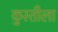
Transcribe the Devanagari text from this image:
कुस्तीला